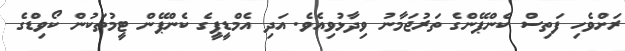
ރަށްވެހި ފަތިސް ކެންޕޭންގެ ތަރުޖަމާނު ވިދާޅުވިއެވެ. އަދި އެމްޑީޕީގެ ކެންޕޭން ޓީމުތަކުން ކޯވިޑްގެ